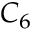
C _ { 6 }